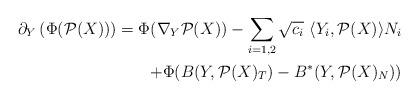
LaTeX: \begin{align*}\partial_Y\left(\Phi(\mathcal{P}(X))\right)=\Phi(\nabla_Y\mathcal{P}(X))-\sum_{i=1,2}\sqrt{c_i}\ \langle Y_i,\mathcal{P}(X)\rangle N_i\\+\Phi(B(Y,\mathcal{P}(X)_T)-B^*(Y,\mathcal{P}(X)_N))\end{align*}